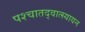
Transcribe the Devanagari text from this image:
पश्चातद्वात्स्यायन